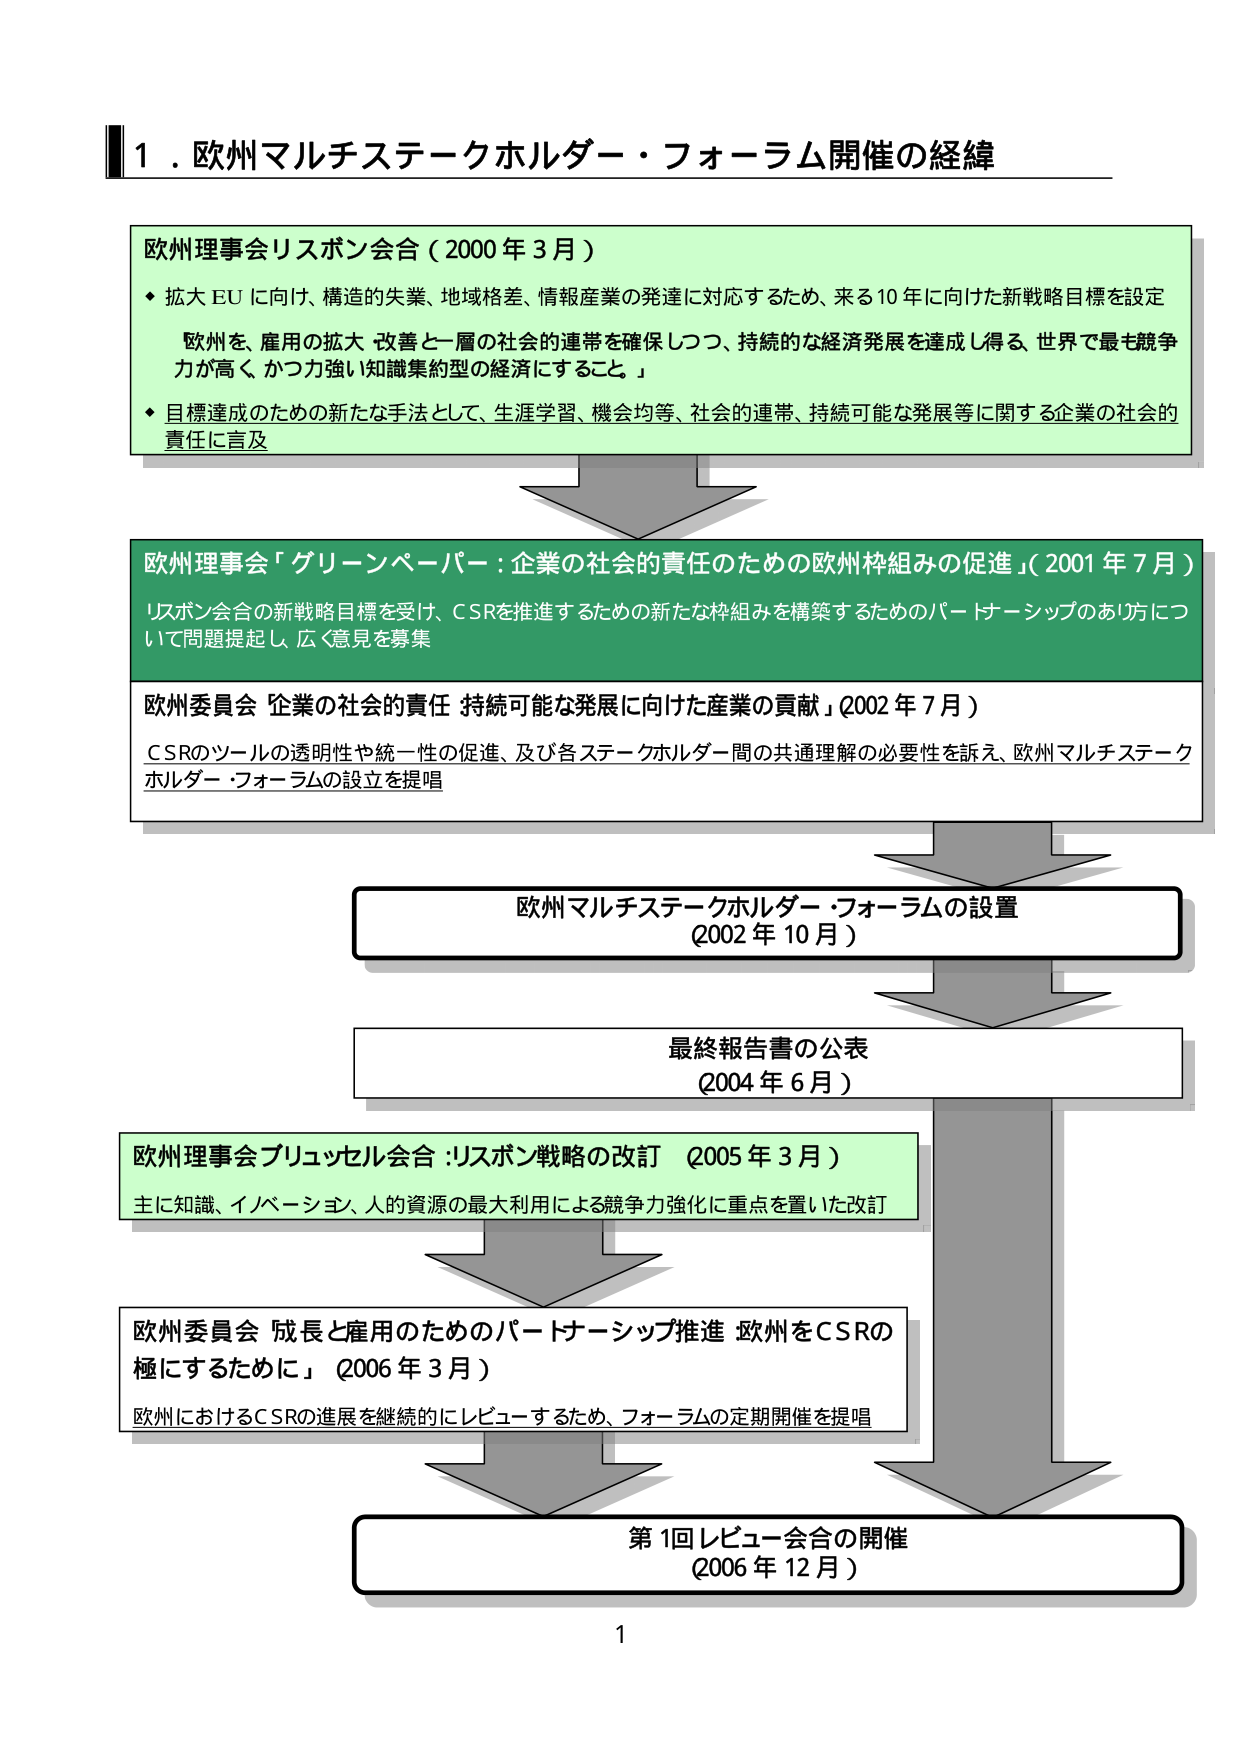
１．欧州マルチステークホルダー・フォーラム開催の経緯

欧州理事会リスボン会合（2000年3月）
・拡大EUに向け、構造的失業、地域格差、情報産業の発達に対応するため、来る10年に向けた新戦略目標を設定
　欧州を、雇用の拡大・改善と一層の社会的連帯を確保しつつ、持続的な経済発展を達成し得る、世界で最も競争力が高く、かつ力強い知識集約型の経済にすること。
・目標達成のための新たな手法として、生涯学習、機会均等、社会的連帯、持続可能な発展等に関する企業の社会的責任に言及

欧州理事会「グリーンペーパー：企業の社会的責任のための欧州枠組みの促進」（2001年7月）
　リスボン会合の新戦略目標を受け、CSRを推進するための新たな枠組みを構築するためのパートナーシップのあり方について問題提起し、広く意見を募集

欧州委員会「企業の社会的責任 持続可能な発展に向けた産業の貢献」（2002年7月）
　CSRのツールの透明性や統一性の促進、及び各ステークホルダー間の共通理解の必要性を訴え、欧州マルチステークホルダー・フォーラムの設立を提唱

欧州マルチステークホルダー・フォーラムの設置
（2002年10月）

最終報告書の公表
（2004年6月）

欧州理事会ブリュッセル会合：リスボン戦略の改訂（2005年3月）
　主に知識、イノベーション、人的資源の最大利用による競争力強化に重点を置いた改訂

欧州委員会「成長と雇用のためのパートナーシップ推進 欧州をCSRの極にするために」（2006年3月）
　欧州におけるCSRの進展を継続的にレビューするため、フォーラムの定期開催を提唱

第1回レビュー会合の開催
（2006年12月）

1